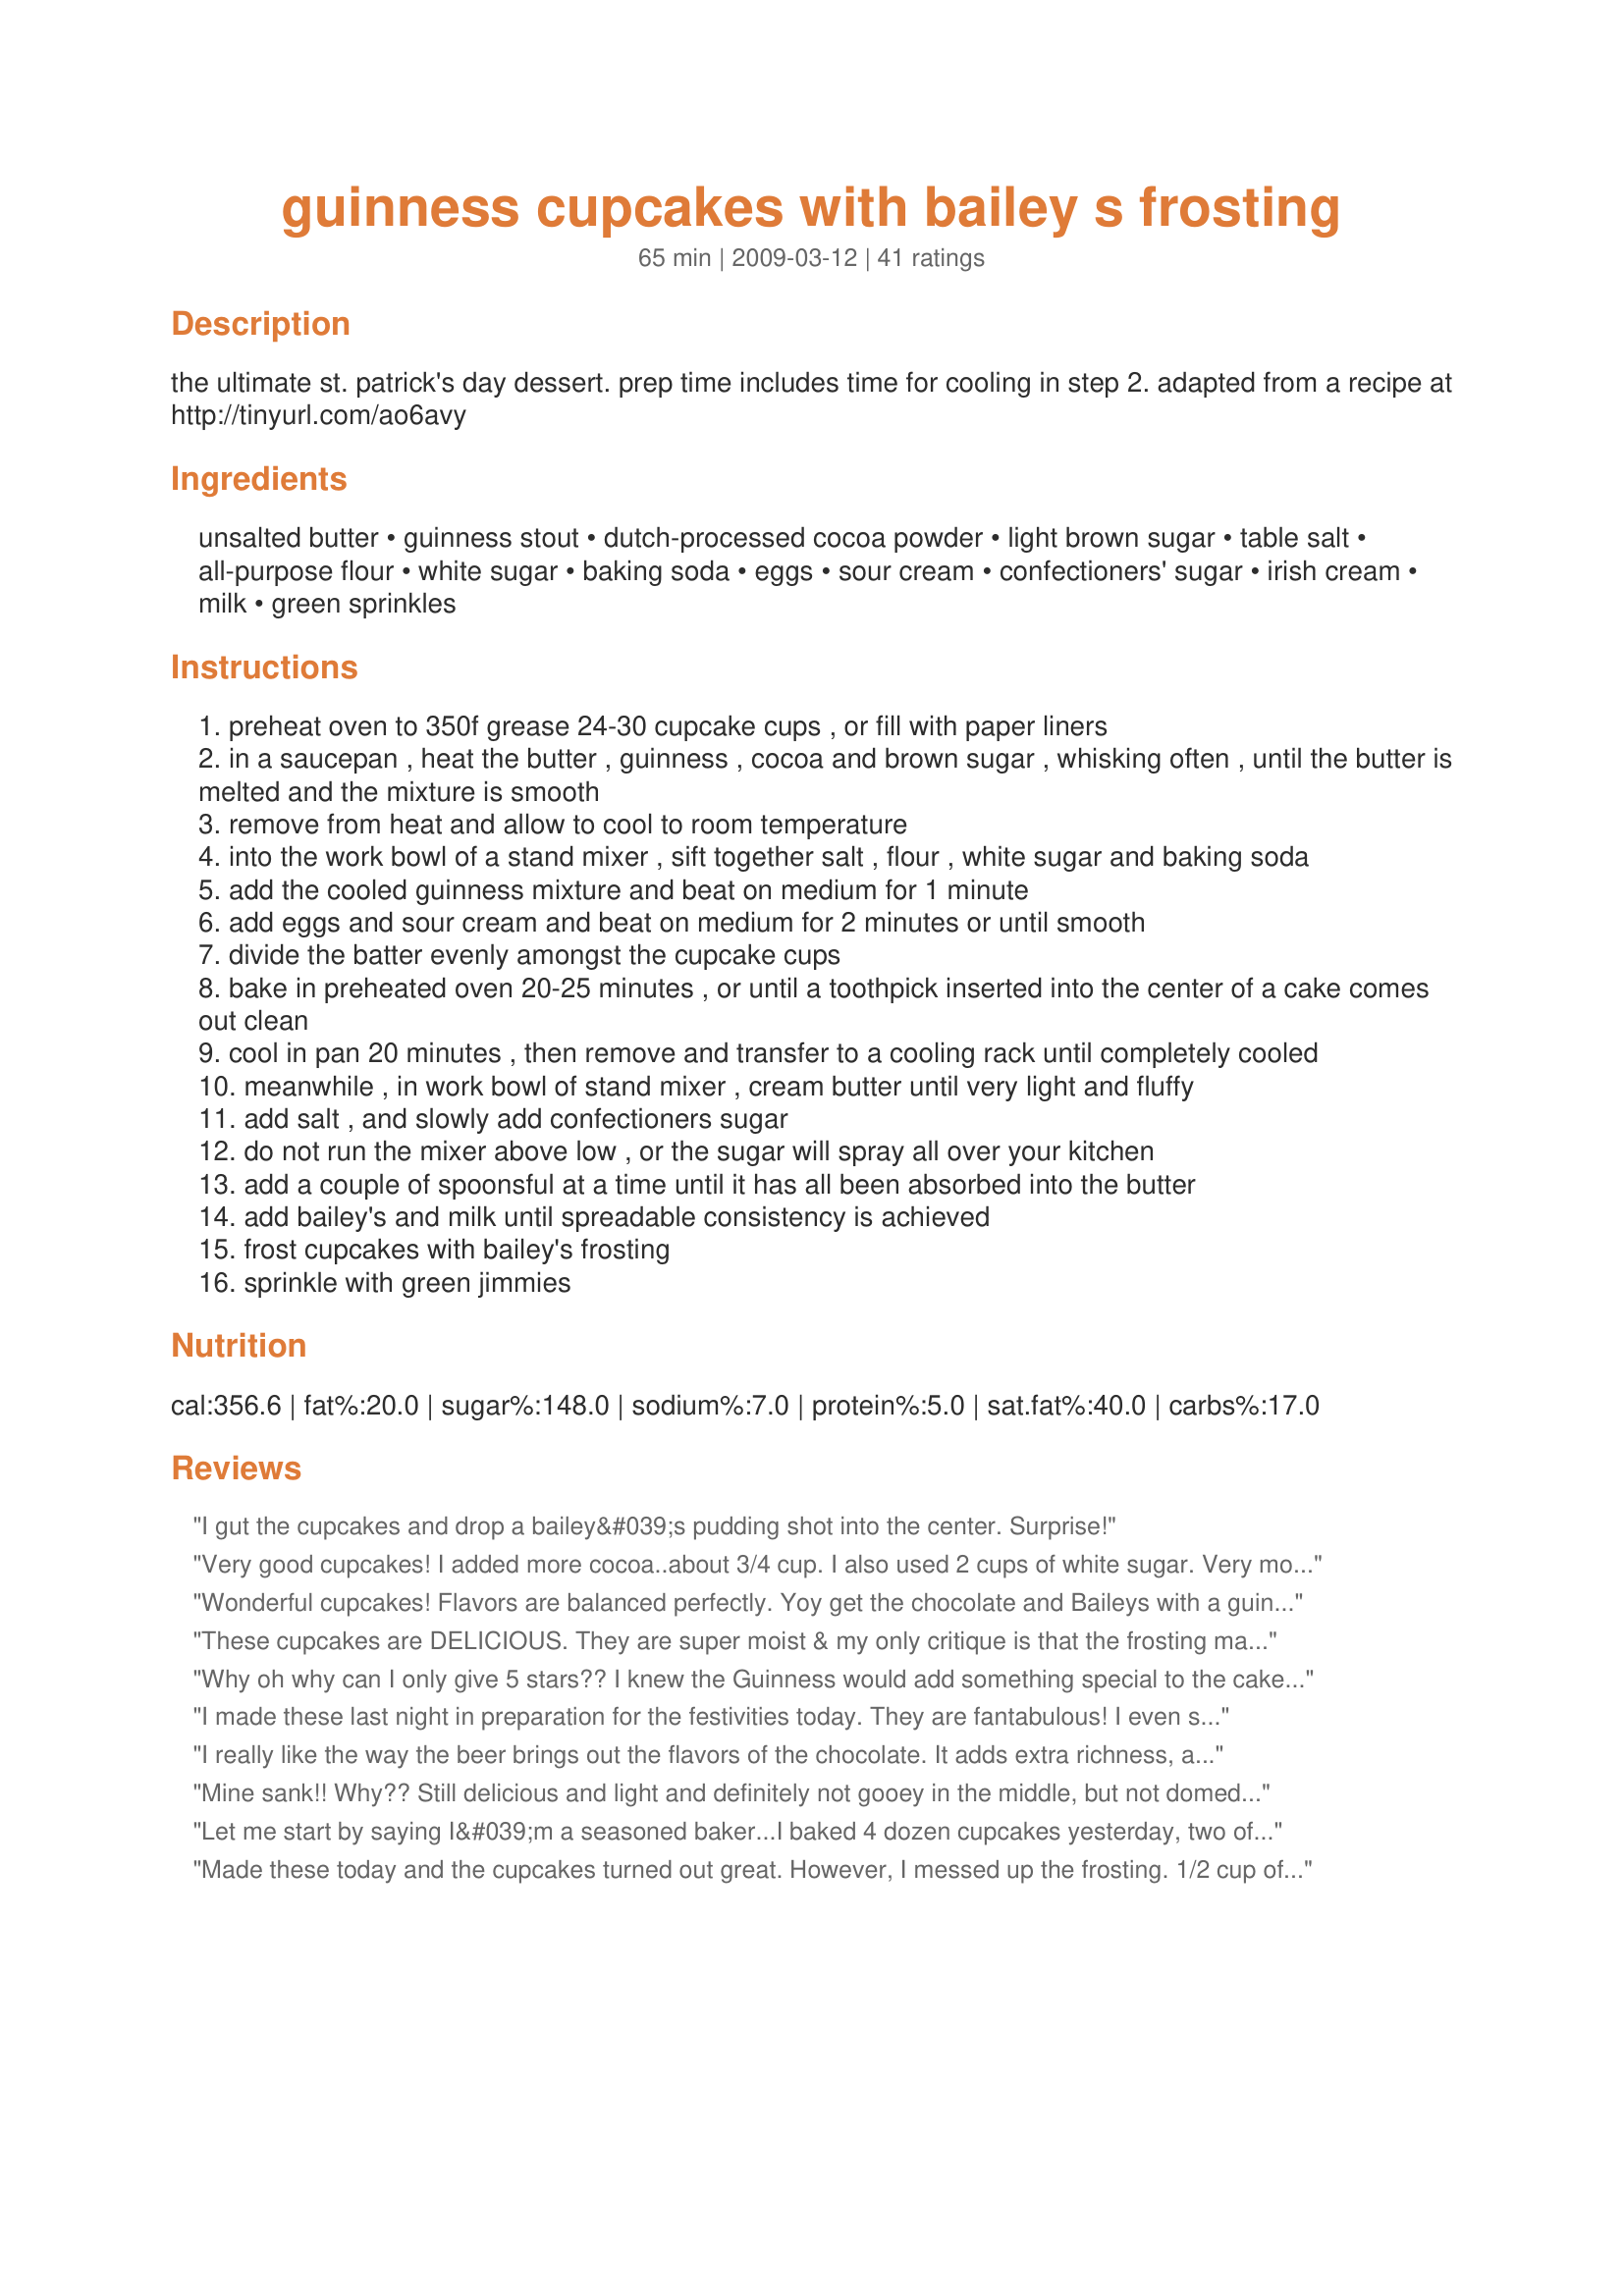
guinness cupcakes with bailey s frosting
Preparation time: 65 minutes

the ultimate st. patrick's day dessert. prep time includes time for cooling in step 2. adapted from a recipe at http://tinyurl.com/ao6avy

Ingredients:
unsalted butter, guinness stout, dutch-processed cocoa powder, light brown sugar, table salt, all-purpose flour, white sugar, baking soda, eggs, sour cream, confectioners' sugar, irish cream, milk, green sprinkles

Steps:
preheat oven to 350f grease 24-30 cupcake cups , or fill with paper liners
in a saucepan , heat the butter , guinness , cocoa and brown sugar , whisking often , until the butter is melted and the mixture is smooth
remove from heat and allow to cool to room temperature
into the work bowl of a stand mixer , sift together salt , flour , white sugar and baking soda
add the cooled guinness mixture and beat on medium for 1 minute
add eggs and sour cream and beat on medium for 2 minutes or until smooth
divide the batter evenly amongst the cupcake cups
bake in preheated oven 20-25 minutes , or until a toothpick inserted into the center of a cake comes out clean
cool in pan 20 minutes , then remove and transfer to a cooling rack until completely cooled
meanwhile , in work bowl of stand mixer , cream butter until very light and fluffy
add salt , and slowly add confectioners sugar
do not run the mixer above low , or the sugar will spray all over your kitchen
add a couple of spoonsful at a time until it has all been absorbed into the butter
add bailey's and milk until spreadable consistency is achieved
frost cupcakes with bailey's frosting
sprinkle with green jimmies

Reviews:
I gut the cupcakes and drop a bailey&#039;s pudding shot into the center. Surprise!
Very good cupcakes! I added more cocoa..about 3/4 cup. I also used 2 cups of white sugar. Very moist and rich.
Wonderful cupcakes! Flavors are balanced perfectly. Yoy get the chocolate and Baileys with a guinness finish at the end (but only a hint) Thanks for sharing on this St. Patty's day, Sláinte!!!
These cupcakes are DELICIOUS. They are super moist & my only critique is that the frosting may be overly sweet - but that could be because I have too heavy a hand with the frosting spatula.
Why oh why can I only give 5 stars?? I knew the Guinness would add something special to the cake. It's such a rich beer, it kept the cakes moist and delicious with the perfect texture. I was a wee bit heavy handed with the Bailey's :) and the frosting was absolutely awesome. I got rave reviews on these and I absolutely can't wait to make them again. These are right up there with my favorite cupcake, red velvet. Thanks so much for posting this!
I made these last night in preparation for the festivities today. They are fantabulous! I even substituted Splenda, Veg Spread (Country Crock Lite) and Egg Beaters to save some calories and you wouldn't know the difference. None of the guys even knew. Hubby says it's a keeper for sure!
I really like the way the beer brings out the flavors of the chocolate. It adds extra richness, and is subtle enough that it doesn&#039;t have an overpowering taste of beer. The cupcakes are moist. The frosting needed a little more liquid than what the recipe says, so I added even more &quot;Bailey&#039;s&quot;. It was delicious. Thanks for a great recipe!
Mine sank!! Why?? Still delicious and light and definitely not gooey in the middle, but not domed or even level. I used 3 cups icing sugar and about 75ml Baileys and left the milk out . . .NICE.
Let me start by saying I&#039;m a seasoned baker...I baked 4 dozen cupcakes yesterday, two of which were this recipe. The cupcakes didn&#039;t dome - and as I filled the cupcakes fairly full the flat muffin top cracked and broke and fell off after taking the cupcakes out of the muffin tin. Also - they were hard to get out of the muffin tin (used papers - didn&#039;t grease). So, the cupcakes, while flavorful were ugly and basically falling apart. The other frosting recipe I made started with two sticks of soft butter + 5 C powdered sugar. Many of the reviews discussed too much sugar in the frosting. Would consider / suggest starting with two sticks of room temp butter - and then adding 4 - 5 C powdered sugar... that might fix the frosting situation ... also because I felt that there wasn&#039;t enough frosting - used a bag to pipe it on. Needed more frosting to cover and hide the falling apart muffin tops... While I was super excited to make a cupcake out of Guinness and frost with baileys butter cream - I&#039;m disappointed in the results and will either need to find a new recipe or tweak this one. So confused about the other so favorable reviews... Now - the super important part - they do taste very good. If you look at the pictures, mine are the ones that look ugly... ;)
Made these today and the cupcakes turned out great. However, I messed up the frosting. 1/2 cup of butter with 4 cups of sugar turned out really crumbly so I had to add another 1/2 cup which turned out to a good consistency albeit too sweet. I would probably half the icing sugar next time.
Will definitely be making these again! Simple and delicious. If you're using stick butter for the frosting, make sure it is very soft or you might get lumps. Thanks for the great recipe!
These are amazing! Made them for Irish folks at a St. Paddy's party and they were a huge hit even with people who don't normally like sweets! I added about 1/4 c more Guinness because I wanted to taste it, I use whole wheat flour because that's what I had, and I double the frosting recipe and only use 6 c of powdered sugar. The frosting is out of this world! I don't like beer and I don't like coffee (I know, I'm the only one, ...so I don't really like Bailey's) but I love these cupcakes! I just had a good feeling about them and my feeling was right! Like the previous review, the Guinness brings the chocolate forward and they are extremely moist. This is a must for every St. Paddy's Day (Paddy's not Patty's as instructed by the Irish this eve) and maybe even any day! Bravo!
Wow. I was actually shocked at how moist yet light these cupcakes were. They just finished cooling a few minutes ago so I had to try one, and man they were good. Like previous viewers have mentioned, the Guinness really brings out the chocolate flavor.&lt;br/&gt;&lt;br/&gt; I made a few modifications to the cupcakes, I didn&#039;t have sour cream so I used plain non-fat yogurt and that worked great. I also used almost a whole can of Guinness to really bring out the flavor. Even with doubling the amount the recipe calls for, it&#039;s still a subtle but delicious flavor. I also didn&#039;t have the type of cocoa they call for, so I just used Hershey&#039;s unsweetened powdered cocoa. I had a little batter left over, so this recipe easily makes more than 24. Definitely deserves 5 stars!
I used Youngs Double Chocolate Stout.
As always, I read the reviews before making this recipe. I just don't understand all the rave reviews as my family thought they were so bad that we actually threw them out. The Guiness added a really odd taste to the cupcakes.
AWESOME! Very rich chocolate--and I used a lager since I didn't have Guinness! Will be making these again!! Thanks for sharing!!
These were a huge hit! According to availability, I used Murphy's instead of Guinness and Molly's instead of Bailey's, and the flavours were fine (icing wasn't too sweet). Thanks for giving me a new yearly tradition!
The video showed adding &quot;the filling&quot; I see no recipe for &quot;the Filling&quot; where do i find that?
Super moist and super delish. I got tons of compliments on these
Cupcakes were moist but we didnt like the flavor that the Guinness added to the cupcakes. Will not make these again.
Wonderfully moist cupcakes. The Guinness flavor is not overpowering - just adds a rich note to the chocolate. 

On the advice of other reviewers, I used 1/2 cup less sugar in the fronting, and it turned out great. Just the right amount of sweet.

I only had "jumbo" paper cups, so the cupcakes took almost twice as long to bake than the instructions said, but they turned out fine.
Tasty cupcakes! I made 14 big cupcakes. I think the only thing I would change is perhaps adding a bit less liquid to the icing; perhaps only adding Bailey's instead of milk because mine was bit runny. Thanks for sharing!
They turned out so tasty, moist, and rich! Couldn't taste the Guiness at all, but I got a kick out of serving them at my St. Patrick's Day dinner today. Thank you for sharing. They were a huge hit!
These were the BEST ever. You MUST try them
Very moist and a bit heavy (in a good way). They are very rich, but not over powering of chocolate or beer. I stuck the hot mixture in the fridge to speed up the cooling.

Even my boyfriend, who hates cake/cupcakes, is obsessed with them. Everyone at work has been saying it is the best cake they have ever had and keeps asking for the recipe.

These would also be great with a mocha or a salted caramel frosting.
Yummy! I made a small batch to try before st. patty's day party this week. I will be making PLENTY of these for the party! The cake is moist and decadent.
They were very good and moist. I did not really notice the Guinness flavor but maybe that's why they are so good. I did not make the frosting as it looked too sweet. They really did not need it.
I cheated and added Guinness to boxed cake mix but the frosting was the same. A sure hit with the menfolk so I'm doing it again for Father's Day. I can't tell you how happy I am I found this recipe, thanks for posting!
Delish! I made these for my husband for St. Patty's Day & didn't think they would be as addictive as they were. HUGE hit at his office as well. I didn't do the baileys frosting but did a cream cheese one instead.
Yum Yum! Thanks for the finishing touch for our St. Paddy's get together!
These were a huge hit. I added a bit more Bailey's to the frosting as I didn't think the flavor was there so much. But other than that change, followed exactly.
OMG what a great recipe! The flavor and texture of the cupcakes was wonderful! I had Edradour Cream Liquor and used in place of the Bailey's! Everyone loved the cupcakes. Thanks for submitting this recipe, this is definitely a keeper!
These were probably the best chocolate cupcakes I&#039;ve ever made, they baked up gorgeous! I didn&#039;t have sour cream on hand so replaced with nonfat Greek yogurt, worked perfectly. This made 12 cupcakes for me plus an 8&#039;&#039; square cake. Next time for St Paddy&#039;s day I&#039;ll try adding some green food coloring! For frosting I used only 3 cups of powdered sugar which was plenty sweet, and 1 T of Baileys + 1 tsp of vanilla since the full amount of Baileys would have been too much for our tastes. Our Baileys was super old and kind of separated which worried me but after shaking it in the bottle and mixing it in with the powdered sugar it incorporated just fine. I just kept adding little splashes of milk until it was a nice soft texture. The frosting was super glossy and pretty, I guess from the Baileys? Thanks for this!
These are very good cupcakes - moist and intensely chocolatey. I substituted Splenda granular for the white sugar and they still turned out great. The Guinness gives them a depth of flavor that is sometimes missing when using cocoa instead of chocolate. The icing was good, but subtle. Since I love Irish cream, I skipped the milk and used all Bailey's to increase the flavor a little.
delicious! everyone loved these. i used a bit more bailey's than called for!
brought them to work for our St.Patrick's day potluck, they were loved by everyone! Easy peasy recipe for even the novice baker! Will make these often. And it does make 24 regular size cupcakes
I made these for an office pot luck lunch on St. Patricks Day, they turned out great. While making the frosting I ramped up the amount of Baileys and then thickened it so it would be nice and boozy. The Guiness flavor doesn&#039;t really come out much but since Guiness has some decent chocolatey notes it all comes with the cocoa flavor of the cake. Good instructions, easy to follow, this is the first time in my life I have tried baking and they came out really well. I recommend drinking Guiness while making the cakes and then drinking Baileys while making the frosting, so be sure to have some extra.
Absolutely Fabulous!I added more Bailey's to my icing instead of milk and at the advice of other reviewers cut down the sugar,all in all a wonderful treat! Will be making these again for sure :o)
A very festive recipe that is also tasty to have any time of the year. The recipe was very easy to follow and produced moist cupcakes. When making the frosting: please, please sift the powdered sugar when adding it to the butter! That way you won't get lumps like I did. I also didn't use as much of the sugar as called for. Excellent recipe!
5 stars. Made cupcakes yesterday for a St. Patrick&#039;s day party. The were quite the hit.
These are great! I cut the recipe in half so that I could make 12 cupcakes...I ended up with 11, and the batter overflowed a little...probably something to do with my math skills when I cut the recipe in half.<br/><br/>The cake itself is a delicious rich chocolate, and as others have mentioned, you don't really taste the Guinness - it just really enhances the chocolate.<br/><br/>The frosting is out of this world...I should have cut the confectioner's sugar down like others recommended, but I always do the recipe as-is the first time I make something...so I had to tweak the proportions to make it not so grainy. The end result is fabulous, though, and you can really smell the Irish creme.
